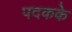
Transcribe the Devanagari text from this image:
पदकके